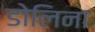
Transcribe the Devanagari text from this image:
डोलिना